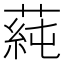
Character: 蒓